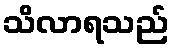
သိလာရသည်